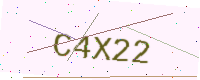
Text: C4X22